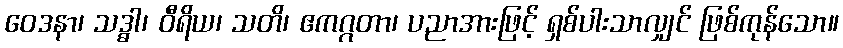
ဝေဒနာ၊ သဒ္ဓါ၊ ဝီရိယ၊ သတိ၊ ဧကဂ္ဂတာ၊ ပညာအားဖြင့် ရှစ်ပါးသာလျှင် ဖြစ်ကုန်သော။